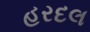
હરદલ